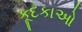
કૂદકાઓ